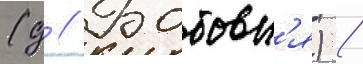
(д // Бобовн'я) /